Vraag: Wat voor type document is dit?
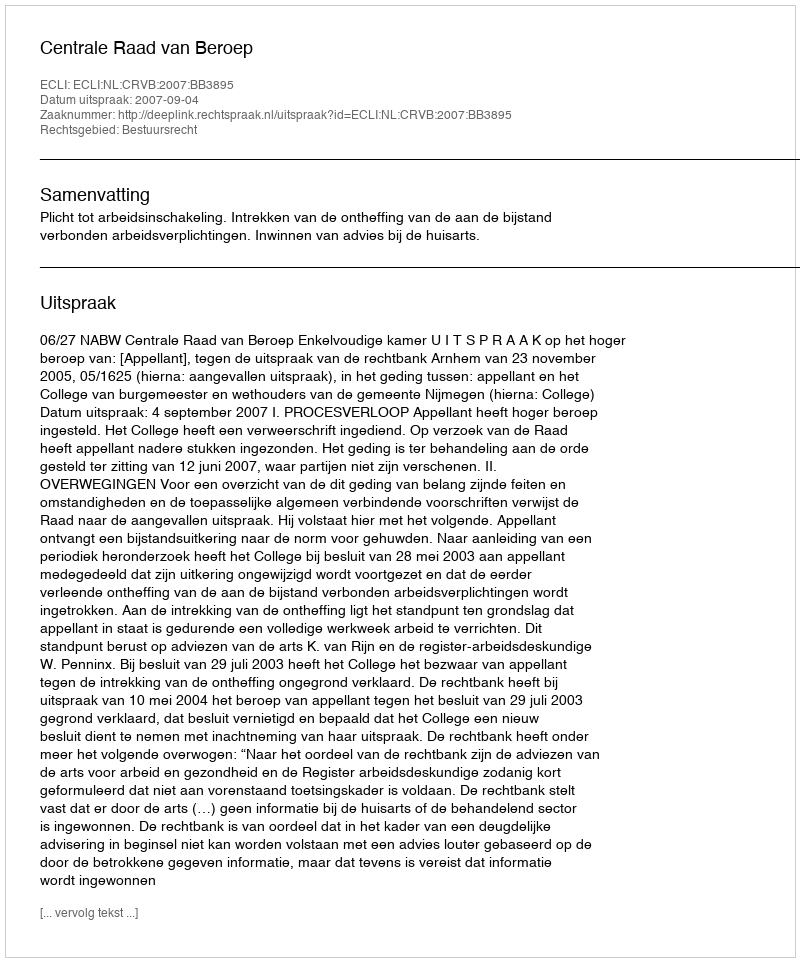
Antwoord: Uitspraak